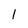
Character: 1